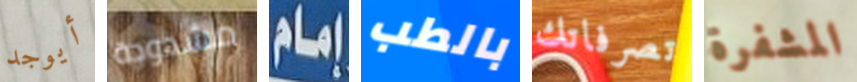
أيوجد مشدودة إمام بالطب تصرفاتك المشفرة